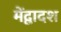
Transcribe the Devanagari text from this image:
मेंद्वादश